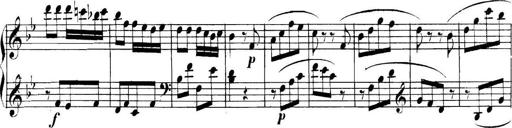
Title: Collected Piano Sonatas
Composer: Muzio Clementi